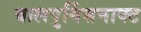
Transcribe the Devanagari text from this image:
वालपुर्गिसनाक्ट